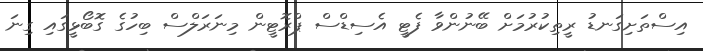
އިސްތަށިގަނޑު ރީތިކުރުމަށް ބޭނުންވާ ފެޓީ އެސިޑްސް ޕްރޮޓީން މިނަރަލްސް ބިހުގެ ގޮބޯޅީގައި ގިނަ